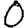
Digit: 0